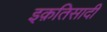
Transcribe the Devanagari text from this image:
इक़तिसादी